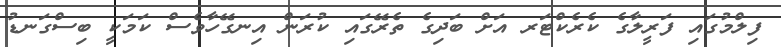
ފިލްމުގައި ފަރީލާގެ ކެރެކްޓަރ އަށް ބަދިގެ ތެރޭގައި ކުރަން އިނގޭހާވެސް ކަމަކީ ބިސްގަނޑު